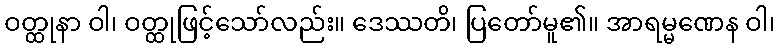
ဝတ္ထုနာ ဝါ၊ ဝတ္ထုဖြင့်သော်လည်း။ ဒေဿတိ၊ ပြတော်မူ၏။ အာရမ္မဏေန ဝါ၊